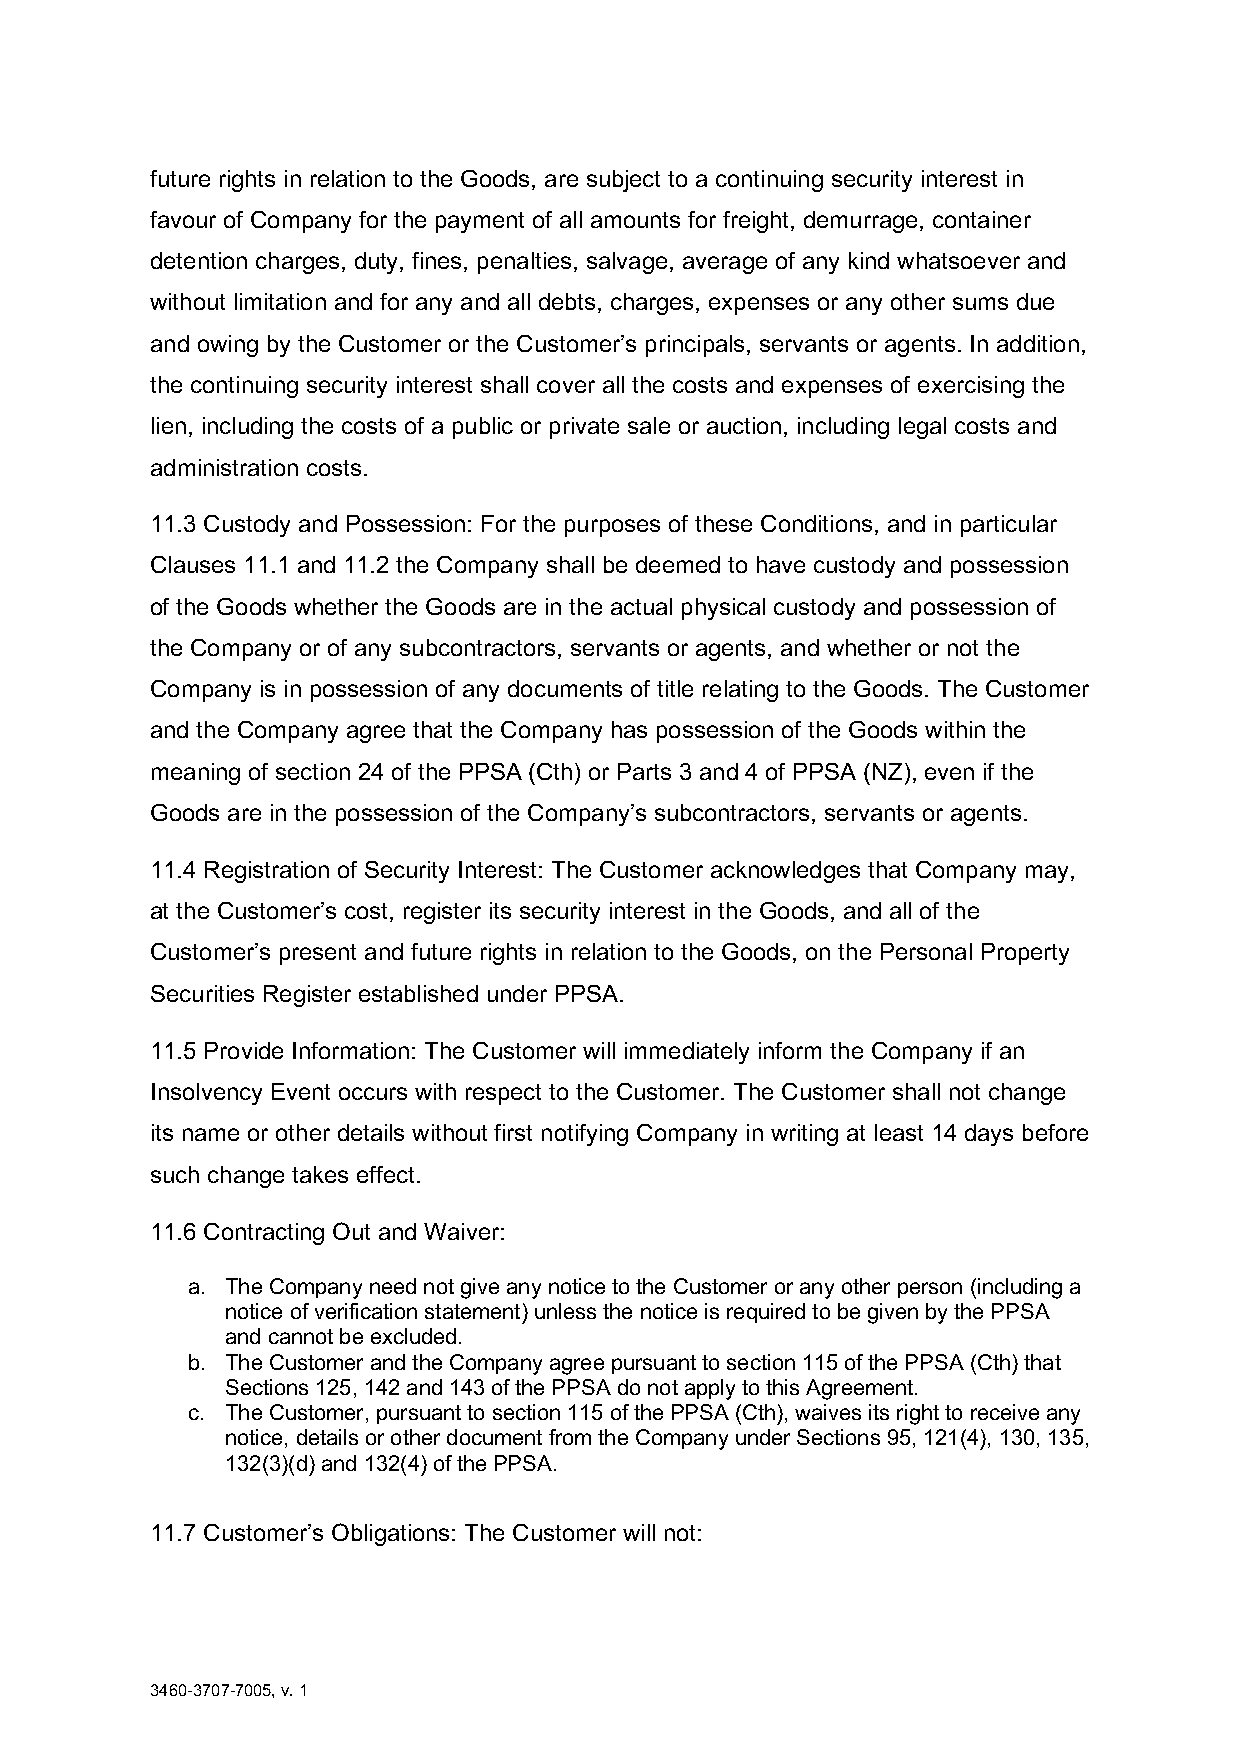
future rights in relation to the Goods, are subject to a continuing security interest in
 favour of Company for the payment of all amounts for freight, demurrage, container
 detention charges, duty, fines, penalties, salvage, average of any kind whatsoever and
 without limitation and for any and all debts, charges, expenses or any other sums due
 and owing by the Customer or the Customer’s principals, servants or agents. In addition,
 the continuing security interest shall cover all the costs and expenses of exercising the
 lien, including the costs of a public or private sale or auction, including legal costs and
 administration costs.
 11.3 Custody and Possession: For the purposes of these Conditions, and in particular
 Clauses 11.1 and 11.2 the Company shall be deemed to have custody and possession
 of the Goods whether the Goods are in the actual physical custody and possession of
 the Company or of any subcontractors, servants or agents, and whether or not the
 Company is in possession of any documents of title relating to the Goods. The Customer
 and the Company agree that the Company has possession of the Goods within the
 meaning of section 24 of the PPSA (Cth) or Parts 3 and 4 of PPSA (NZ), even if the
 Goods are in the possession of the Company’s subcontractors, servants or agents.
 11.4 Registration of Security Interest: The Customer acknowledges that Company may,
 at the Customer’s cost, register its security interest in the Goods, and all of the
 Customer’s present and future rights in relation to the Goods, on the Personal Property
 Securities Register established under PPSA.
 11.5 Provide Information: The Customer will immediately inform the Company if an
 Insolvency Event occurs with respect to the Customer. The Customer shall not change
 its name or other details without first notifying Company in writing at least 14 days before
 such change takes effect.
 11.6 Contracting Out and Waiver:
 a. The Company need not give any notice to the Customer or any other person (including a
 notice of verification statement) unless the notice is required to be given by the PPSA
 and cannot be excluded.
 b. The Customer and the Company agree pursuant to section 115 of the PPSA (Cth) that
 Sections 125, 142 and 143 of the PPSA do not apply to this Agreement.
 c. The Customer, pursuant to section 115 of the PPSA (Cth), waives its right to receive any
 notice, details or other document from the Company under Sections 95, 121(4), 130, 135,
 132(3)(d) and 132(4) of the PPSA.
 11.7 Customer’s Obligations: The Customer will not:
 3460-3707-7005, v. 1